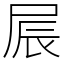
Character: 屒